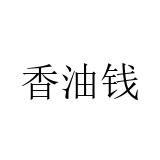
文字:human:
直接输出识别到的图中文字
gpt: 香油钱